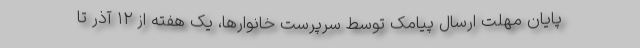
پایان مهلت ارسال پیامک توسط سرپرست خانوارها، یک هفته از ۱۲ آذر تا